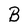
Character: B